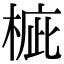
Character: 𣓄